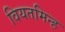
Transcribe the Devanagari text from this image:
वियतमिन्ह